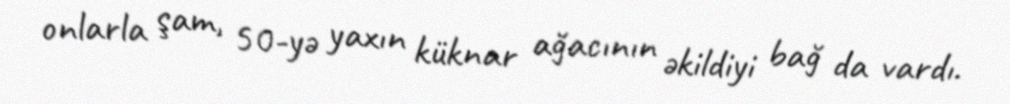
onlarla şam, 50-yə yaxın küknar ağacının əkildiyi bağ da vardı.